Indian journal of veterinary science and animal husbandry - Volume 6,
Year: 1936
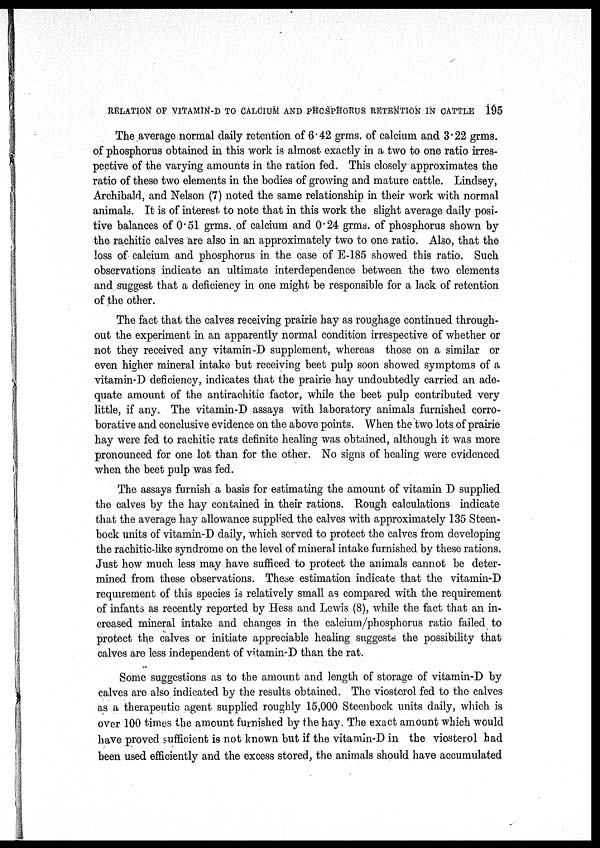
RELATION OF VITAMIN-D TO CALCIUM AND PHOSPHORUS RETENTION IN CATTLE 195
The average normal daily retention of 6.42 grms. of calcium and 3.22 grms.
of phosphorus obtained in this work is almost exactly in a two to one ratio irres-
pective of the varying amounts in the ration fed. This closely approximates the
ratio of these two elements in the bodies of growing and mature cattle. Lindsey,
Archibald, and Nelson (7) noted the same relationship in their work with normal
animals. It is of interest to note that in this work the slight average daily posi-
tive balances of 0.51 grms. of calcium and 0.24 grms. of phosphorus shown by
the rachitic calves are also in an approximately two to one ratio. Also, that the
loss of calcium and phosphorus in the case of E-185 showed this ratio. Such
observations indicate an ultimate interdependence between the two elements
and suggest that a deficiency in one might be responsible for a lack of retention
of the other.
The fact that the calves receiving prairie hay as roughage continued through-
out the experiment in an apparently normal condition irrespective of whether or
not they received any vitamin -D supplement, whereas those on a similar or
even higher mineral intake but receiving beet pulp soon showed symptoms of a
vitamin-D deficiency, indicates that the prairie hay undoubtedly carried an ade-
quate amount of the antirachitic factor, while the beet pulp contributed very
little, if any. The vitamin-D assays with laboratory animals furnished corro-
borative and conclusive evidence on the above points. When the two lots of prairie
hay were fed to rachitic rats definite healing was obtained, although it was more
pronounced for one lot than for the other. No signs of healing were evidenced
when the beet pulp was fed.
The assays furnish a basis for estimating the amount of vitamin D supplied
the calves by the hay contained in their rations. Rough calculations indicate
that the average hay allowance supplied the calves with approximately 135 Steen-
bock units of vitamin-D daily, which served to protect the calves from developing
the rachitic-like syndrome on the level of mineral intake furnished by these rations.
Just how much less may have sufficed to protect the animals cannot be deter-
mined from these observations. These estimation indicate that the vitamin-D
requirement of this species is relatively small as compared with the requirement
of infants as recently reported by Hess and Lewis (8), while the fact that an in-
creased mineral intake and changes in the calcium/phosphorus ratio failed to
protect the calves or initiate appreciable healing suggests the possibility that
calves are less independent of vitamin-D than the rat.
Some suggestions as to the amount and length of storage of vitamin-D by
calves are also indicated by the results obtained. The viosterol fed to the calves
as a therapeutic agent supplied roughly 15,000 Steenbock units daily, which is
over 100 times the amount furnished by the hay. The exact amount which would
have proved sufficient is not known but if the vitamin-D in the viosterol had
been used efficiently and the excess stored, the animals should have accumulated